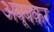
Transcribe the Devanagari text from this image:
अबूबक़र